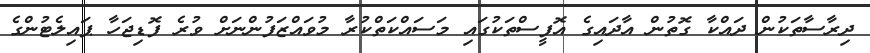
ދިރާސާތަކުން ދައްކާ ގޮތުން އާދައިގެ އޮފީސްތަކުގައި މަސައްކަތްކުރާ މުވައްޒަފުންނަށް ވުރެ ފޮޑިޖަހާ ޕައިލެޓުންގެ